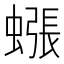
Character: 𧐊